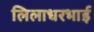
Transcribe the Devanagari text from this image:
लिलाधरभाई